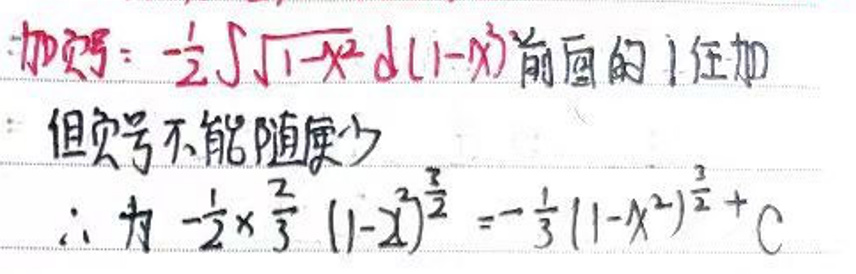
\(\int\)加\(\int-\frac{1}{2}\sqrt{1 - x^{2}}d(1 - x^{2})\)前面的\(1\)任加

但负号不能随便少

\(\therefore\)为\(-\frac{1}{2}\times\frac{2}{3}(1 - x^{2})^{\frac{3}{2}}=-\frac{1}{3}(1 - x^{2})^{\frac{3}{2}}+C\)